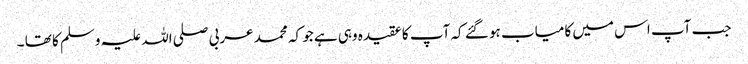
جب آپ اس میں کامیاب ہو گئے کہ آپ کا عقیدہ وہی ہے جو کہ محمد عربی صلی اللہ علیہ وسلم کا تھا ۔